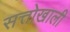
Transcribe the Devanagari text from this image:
सत्तोखाली